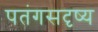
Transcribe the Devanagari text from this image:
पतंगसदृष्य